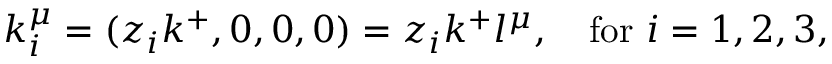
k _ { i } ^ { \mu } = ( z _ { i } k ^ { + } , 0 , 0 , 0 ) = z _ { i } k ^ { + } l ^ { \mu } , \ \ \ \mathrm { f o r } \ i = 1 , 2 , 3 ,